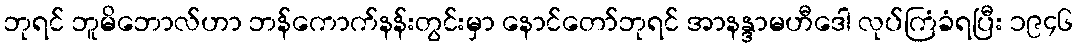
ဘုရင် ဘူမိဘောလ်ဟာ ဘန်ကောက်နန်းတွင်းမှာ နောင်တော်ဘုရင် အာနန္ဒာမဟီဒေါ လုပ်ကြံခံရပြီး ၁၉၄၆